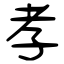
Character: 孝